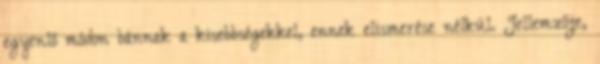
egyenlő módon bánnak a kisebbségekkel, ennek elismerése nélkül. Jellemzője,